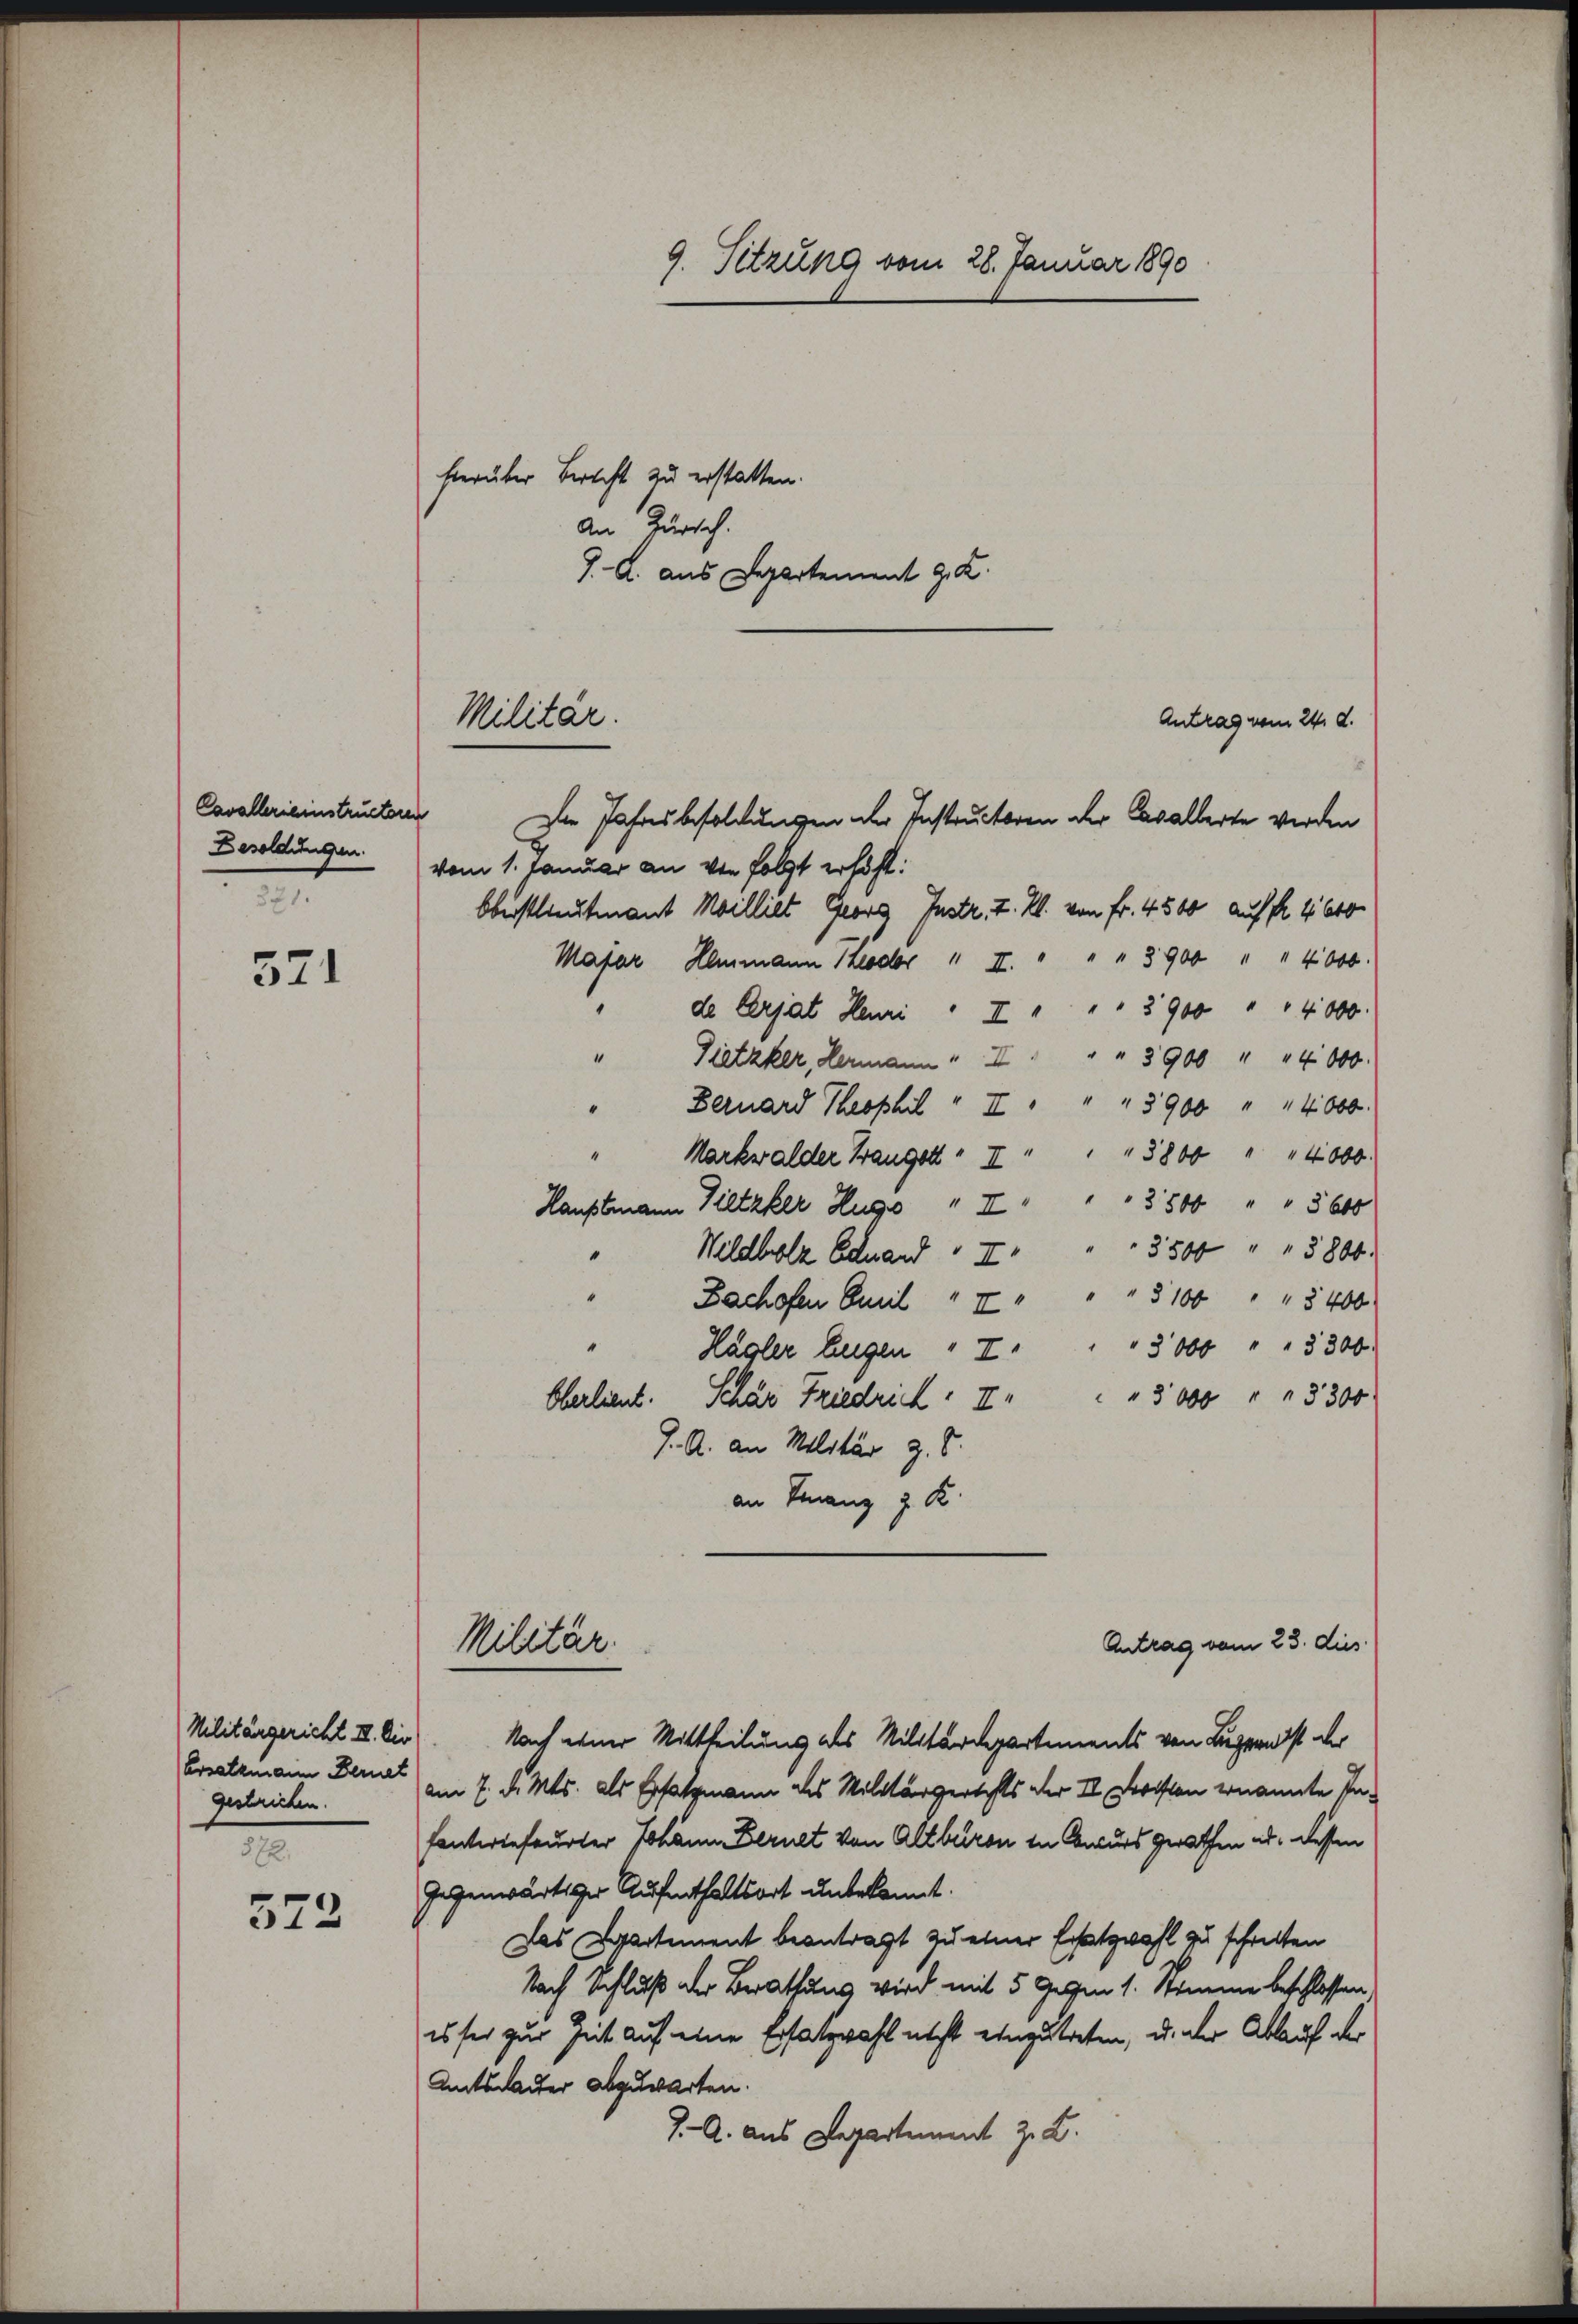
Cavallerieinstructoren
Besoldungen.
1.

521

Militärgericht II. Die
Ersatzmann Bernet
gestrichen.
872.

572

9. Sitzung vom 28. Januar 1890

hierüber Bericht zu erstatten.
An Zürich.
J. A. aus Departement J. K.

Militär.

Antrag vom 24. d.
Die Jahresbesoldungen der Instructoren der Cavallerte werden
vom 1. Januar an von folgt erhöht:
Oberstlieutnant Mailliet Georg Instr. I. Kl. von Fr. 4500 auf fr. 4. 610.
Majar Hammann 1200 " II. " " " 3900 " " 4000.
de Crjat Henri " II " " " 3900 " " 4000.
" Pietzker, Hermann " " " " 3900 " " 4000.
" Bernard Theophil " II " " " 3900 " 14000.
Markwalder Brang II " " " 3800 " " 4000
Hauptmann Piltzker Hugo " " " " 3500 " " 5600
3500 " " 3800.
“
Wildbolz Schnand  II.
Bachofen Emil " " " " " 3100 " " 3400
Hagler Eugen " " " " 3000 " " 3300.
Oberlieut. Schär Friedrich. II " " " 3000 " " 3300
J. A. an Militär z. B.
an Finanz z. K.
Antrag vom 23. dies
Militär.
Nach einer Mittheilung als Militärdepartements von Luzern ist der
am 7. d. Mts. als Ersatzmann des Militärgertehls der II. Forsten ernannte Pafantertefeurter Johann Bernet von Altburen in Beurs gerathen ad dessen
Gegenwärtiger Aufenthaltsort unbekannt.
Das Cartement beantragt zu einer Ersatzwahl zu schritten
Nach Schluß der Berathung wird mit 5 gegen 1. Stimme beschlossen
es sei zur Zeit auf eine Ersatzwahl nicht einzutreten, u. der Ablauf der
Amtsdauer abgewarten.
J. A. aus Departement z. Z.